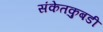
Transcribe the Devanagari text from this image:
संकेतकुबडी